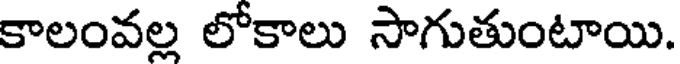
కాలంవల్ల లోకాలు సాగుతుంటాయి.